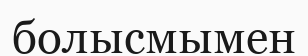
болысмымен